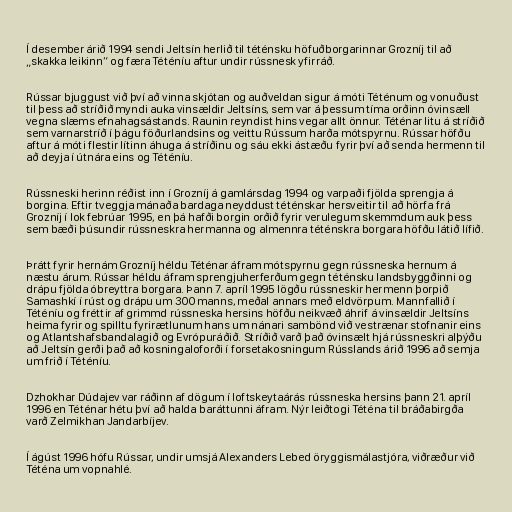
Í desember árið 1994 sendi Jeltsín herlið til téténsku höfuðborgarinnar Grozníj til að
„skakka leikinn“ og færa Téténíu aftur undir rússnesk yfirráð.

Rússar bjuggust við því að vinna skjótan og auðveldan sigur á móti Téténum og vonuðust
til þess að stríðið myndi auka vinsældir Jeltsíns, sem var á þessum tíma orðinn óvinsæll
vegna slæms efnahagsástands. Raunin reyndist hins vegar allt önnur. Téténar litu á stríðið
sem varnarstríð í þágu föðurlandsins og veittu Rússum harða mótspyrnu. Rússar höfðu
aftur á móti flestir lítinn áhuga á stríðinu og sáu ekki ástæðu fyrir því að senda hermenn til
að deyja í útnára eins og Téténíu.

Rússneski herinn réðist inn í Grozníj á gamlársdag 1994 og varpaði fjölda sprengja á
borgina. Eftir tveggja mánaða bardaga neyddust téténskar hersveitir til að hörfa frá
Grozníj í lok febrúar 1995, en þá hafði borgin orðið fyrir verulegum skemmdum auk þess
sem bæði þúsundir rússneskra hermanna og almennra téténskra borgara höfðu látið lífið.

Þrátt fyrir hernám Grozníj héldu Téténar áfram mótspyrnu gegn rússneska hernum á
næstu árum. Rússar héldu áfram sprengjuherferðum gegn téténsku landsbyggðinni og
drápu fjölda óbreyttra borgara. Þann 7. apríl 1995 lögðu rússneskir hermenn þorpið
Samashkí í rúst og drápu um 300 manns, meðal annars með eldvörpum. Mannfallið í
Téténíu og fréttir af grimmd rússneska hersins höfðu neikvæð áhrif á vinsældir Jeltsíns
heima fyrir og spilltu fyrirætlunum hans um nánari sambönd við vestrænar stofnanir eins
og Atlantshafsbandalagið og Evrópuráðið. Stríðið varð það óvinsælt hjá rússneskri alþýðu
að Jeltsín gerði það að kosningaloforði í forsetakosningum Rússlands árið 1996 að semja
um frið í Téténíu.

Dzhokhar Dúdajev var ráðinn af dögum í loftskeytaárás rússneska hersins þann 21. apríl
1996 en Téténar hétu því að halda baráttunni áfram. Nýr leiðtogi Téténa til bráðabirgða
varð Zelmikhan Jandarbíjev.

Í ágúst 1996 hófu Rússar, undir umsjá Alexanders Lebed öryggismálastjóra, viðræður við
Téténa um vopnahlé.